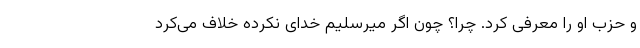
و حزب او را معرفی کرد. چرا؟ چون اگر میرسلیم خدای نکرده خلاف می‌کرد